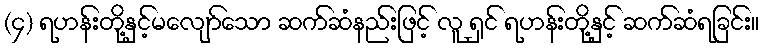
(၄) ရဟန်းတို့နှင့်မလျော်သော ဆက်ဆံနည်းဖြင့် လူ ရှင် ရဟန်းတို့နှင့် ဆက်ဆံရခြင်း။